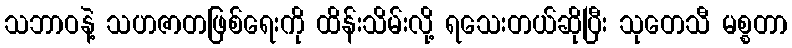
သဘာဝနဲ့ သဟဇာတဖြစ်ရေးကို ထိန်းသိမ်းလို့ ရသေးတယ်ဆိုပြီး သုတေသီ မစ္စတာ